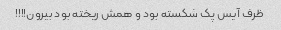
ظرف آیس پک شکسته بود و همش ریخته بود بیرون!!!!